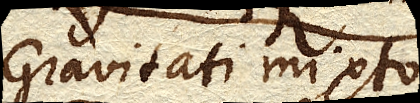
Gravitati mixto